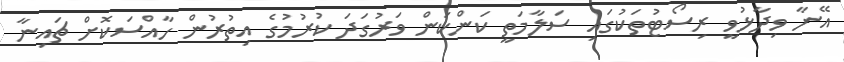
އޭނާ ވިދާޅުވީ ރިސޯޓުތަކުގައި ސަލާމަތީ ކަންކަން ވަރުގަދަ ކުރުމުގެ އިތުރުން ހާއްސަކޮށް ޗައިނާ